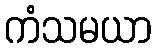
ကံသမယာ